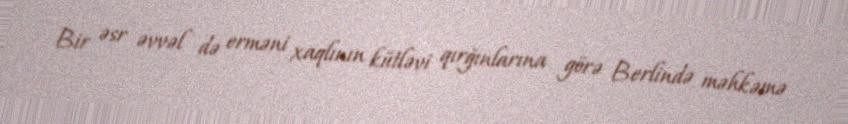
Bir əsr əvvəl də erməni xaqlının kütləvi qırğınlarına görə Berlində məhkəmə